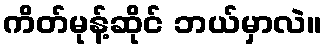
ကိတ်မုန့်ဆိုင် ဘယ်မှာလဲ။